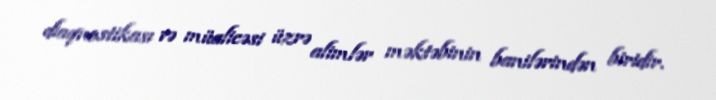
diaqnostikası və müalicəsi üzrə alimlər məktəbinin banilərindən biridir.